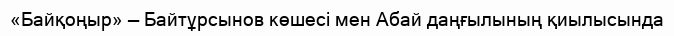
«Байқоңыр» — Байтұрсынов көшесі мен Абай даңғылының қиылысында